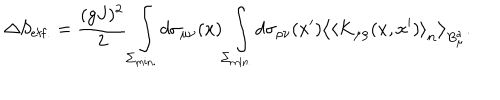
LaTeX: \Delta S _ { \mathrm { e f f . } } = \frac { ( g J ) ^ { 2 } } { 2 } \int _ { \Sigma _ { \mathrm { m i n . } } } ^ { } d \sigma _ { \mu \nu } ( x ) \int _ { \Sigma _ { \mathrm { m i n . } } } ^ { } d \sigma _ { \rho \nu } ( x ^ { \prime } ) \left< \left< K _ { \mu \rho } ( x , x ^ { \prime } ) \right> _ { \bf n } \right> _ { B _ { \mu } ^ { a } } .